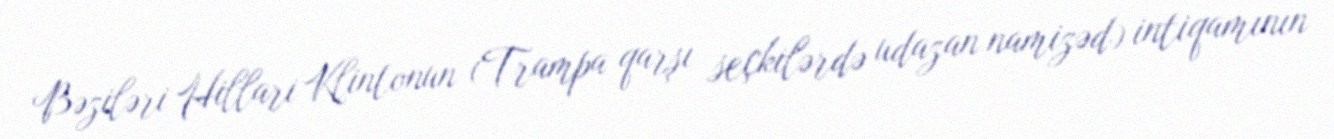
Bəziləri Hillari Klintonun (Trampa qarşı seçkilərdə udazan namizəd) intiqamının